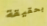
بحقيقة